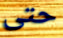
حتى